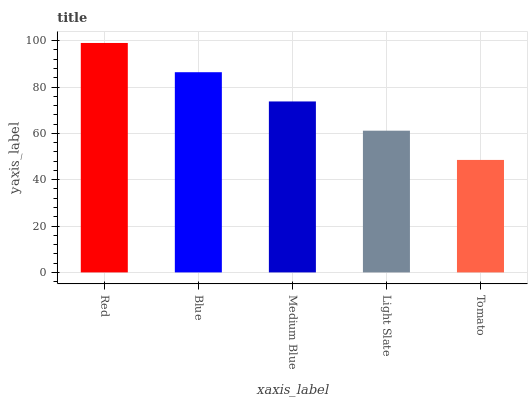
| xaxis_label | bars |
 | --- | --- |
 | Red | 99 |
 | Blue | 86.4 |
 | Medium Blue | 73.8 |
 | Light Slate | 61.2 |
 | Tomato | 48.5 |